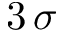
3 \, \sigma